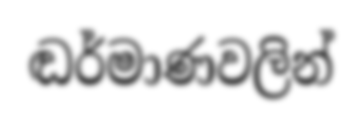
ඬර්මාණවලින්